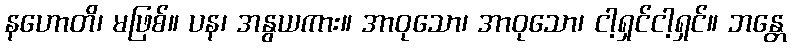
နဟောတိ၊ မဖြစ်။ ပန၊ အနွယကား။ အာဝုသော၊ အာဝုသော၊ ငါ့ရှင်ငါ့ရှင်။ ဘန္တေ